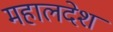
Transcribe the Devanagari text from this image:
महालदेश